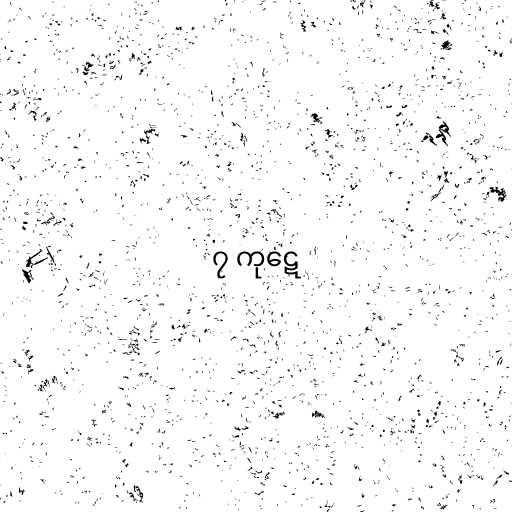
၇ ကုဋေ